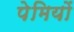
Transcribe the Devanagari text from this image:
पेमियों